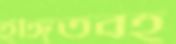
ইঙ্গিতবহ